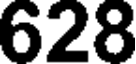
628